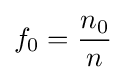
f_{0}={\frac {n_{0}}{n}}